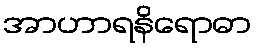
အာဟာရနိရောဓာ